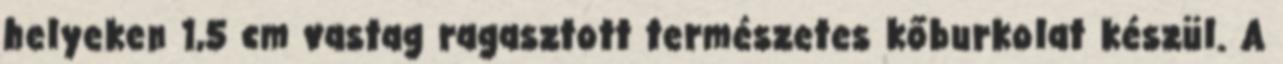
helyeken 1,5 cm vastag ragasztott természetes kőburkolat készül. A